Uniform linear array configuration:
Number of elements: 16
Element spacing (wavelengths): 1
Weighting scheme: kaiser
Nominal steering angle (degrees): -60
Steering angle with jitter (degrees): -58.197
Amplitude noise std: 0.05
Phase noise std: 0.05

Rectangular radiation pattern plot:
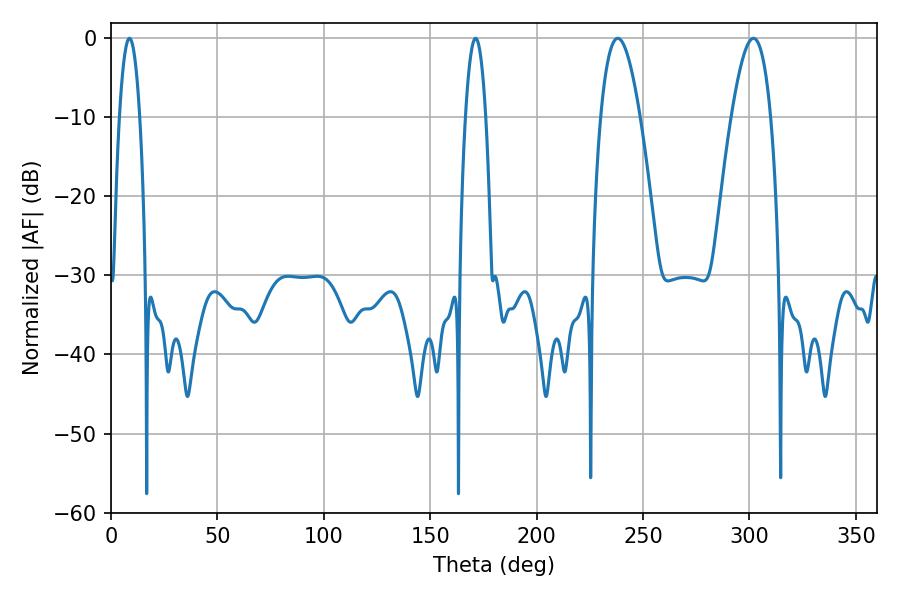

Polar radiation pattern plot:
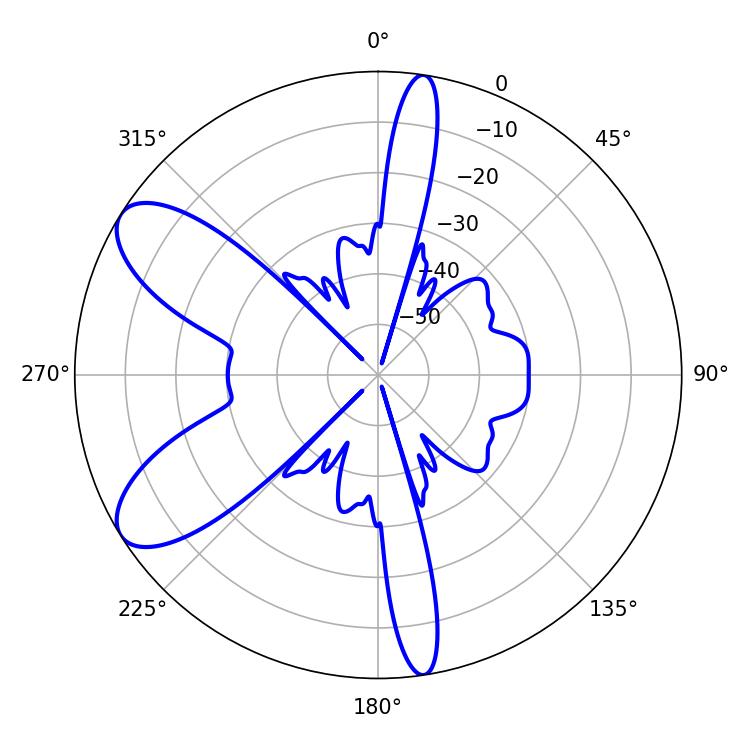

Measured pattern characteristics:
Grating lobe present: TRUE
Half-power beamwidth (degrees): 10.08
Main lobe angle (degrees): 238.14